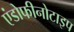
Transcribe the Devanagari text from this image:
एंडोफीनोटाइप